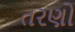
તરણો